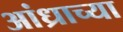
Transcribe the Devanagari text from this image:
आंध्राच्या